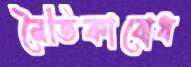
নৈতিকাবোধ